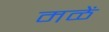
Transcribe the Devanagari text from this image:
मळें